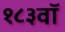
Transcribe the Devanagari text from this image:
१८३वॉ